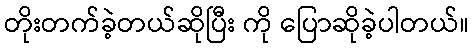
တိုးတက်ခဲ့တယ်ဆိုပြီး ကို ပြောဆိုခဲ့ပါတယ်။